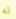
له